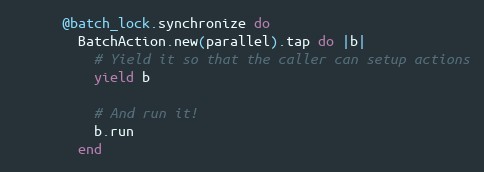
Language: Ruby
      @batch_lock.synchronize do
        BatchAction.new(parallel).tap do |b|
          # Yield it so that the caller can setup actions
          yield b

          # And run it!
          b.run
        end